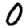
Digit: 0